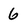
Character: 6